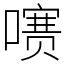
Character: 㗷